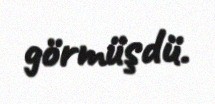
görmüşdü.